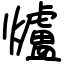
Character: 爐